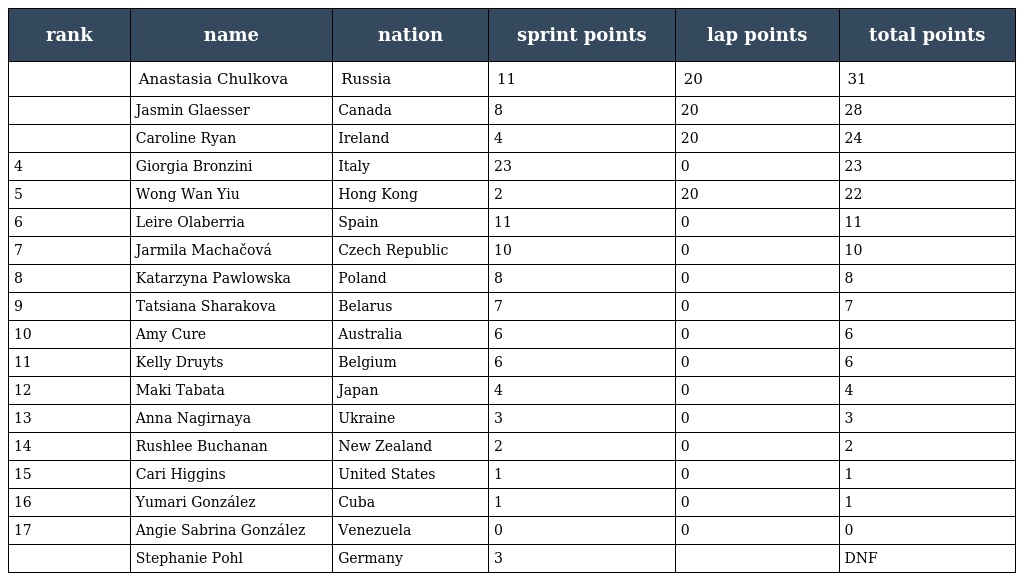
| rank | name | nation | sprint points | lap points | total points |
 | --- | --- | --- | --- | --- | --- |
 |  | Anastasia Chulkova | Russia | 11 | 20 | 31 |
 |  | Jasmin Glaesser | Canada | 8 | 20 | 28 |
 |  | Caroline Ryan | Ireland | 4 | 20 | 24 |
 | 4 | Giorgia Bronzini | Italy | 23 | 0 | 23 |
 | 5 | Wong Wan Yiu | Hong Kong | 2 | 20 | 22 |
 | 6 | Leire Olaberria | Spain | 11 | 0 | 11 |
 | 7 | Jarmila Machačová | Czech Republic | 10 | 0 | 10 |
 | 8 | Katarzyna Pawlowska | Poland | 8 | 0 | 8 |
 | 9 | Tatsiana Sharakova | Belarus | 7 | 0 | 7 |
 | 10 | Amy Cure | Australia | 6 | 0 | 6 |
 | 11 | Kelly Druyts | Belgium | 6 | 0 | 6 |
 | 12 | Maki Tabata | Japan | 4 | 0 | 4 |
 | 13 | Anna Nagirnaya | Ukraine | 3 | 0 | 3 |
 | 14 | Rushlee Buchanan | New Zealand | 2 | 0 | 2 |
 | 15 | Cari Higgins | United States | 1 | 0 | 1 |
 | 16 | Yumari González | Cuba | 1 | 0 | 1 |
 | 17 | Angie Sabrina González | Venezuela | 0 | 0 | 0 |
 |  | Stephanie Pohl | Germany | 3 |  | DNF |